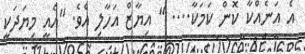
އެ އަނެއްކާ ކޮން ކަމަކާ.... " އިޔާޒް އަހާލި އެވެ. "އެއީ މިޔަދަކީ